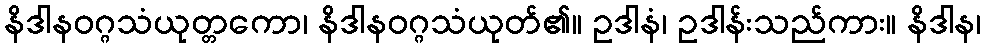
နိဒါနဝဂ္ဂသံယုတ္တကော၊ နိဒါနဝဂ္ဂသံယုတ်၏။ ဥဒါနံ၊ ဥဒါန်းသည်ကား။ နိဒါန၊